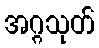
အဂ္ဂသုတ်